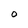
Character: O